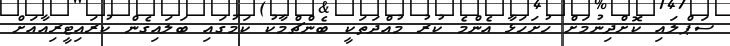
ސަޕްލައި ކޮށްދިނުމަށް ހުށަހަޅާ އެންމެ ކުރު މުއްދަތަކީ ބެންޗްމާކު ކަމުގައި ބަލައިގެން ކުރައިޓީރިއާއަށް